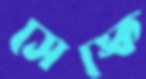
সেঙ্কে